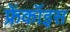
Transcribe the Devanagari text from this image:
फ्रेंकॉइस